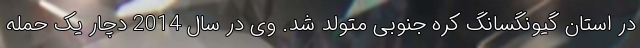
در استان گیونگسانگ کره جنوبی متولد شد. وی در سال 2014 دچار یک حمله